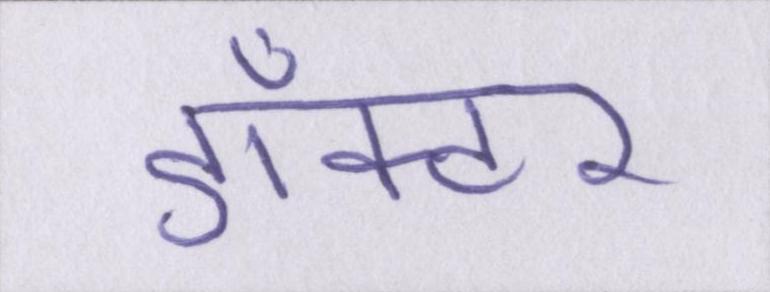
डाँक्टर